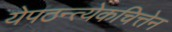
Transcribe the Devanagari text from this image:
येपठन्त्येकचित्तेन